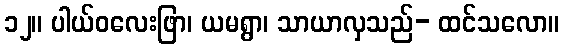
၁၂။ ပါယ်ဝလေးဖြာ၊ ယမရွာ၊ သာယာလှသည်- ထင်သလော။